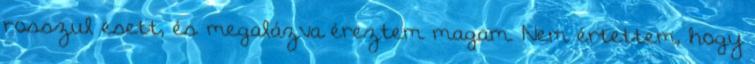
rosszul esett, és megalázva éreztem magam. Nem értettem, hogy